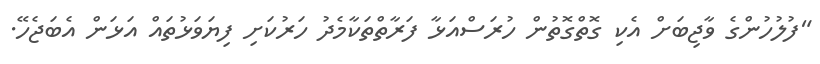
"ފުލުހުންގެ ވާޖިބަށް އެކި ގޮތްގޮތުން ހުރަސްއަޅާ ފަރާތްތަކާމެދު ހަރުކަށި ފިޔަވަޅުތައް އަޅަން އެބަޖެހޭ.